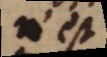
n’est